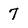
Character: 7